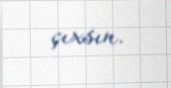
çıxsın.